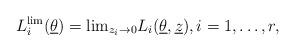
LaTeX: \begin{align*}L_i^{\textrm{lim}}(\underline{\theta}) = \textrm{lim}_{z_i \rightarrow 0} L_i(\underline{\theta},\underline{z}), i=1,\ldots,r,\end{align*}